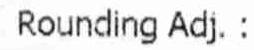
ROUNDING ADJ. :